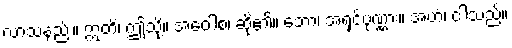
လာသနည်း။ ဣတိ၊ ဤသို့။ အဝေါစ၊ ဆို၏။ ဘော၊ အရှင်ပုဏ္ဏား။ အဟံ၊ ငါသည်။